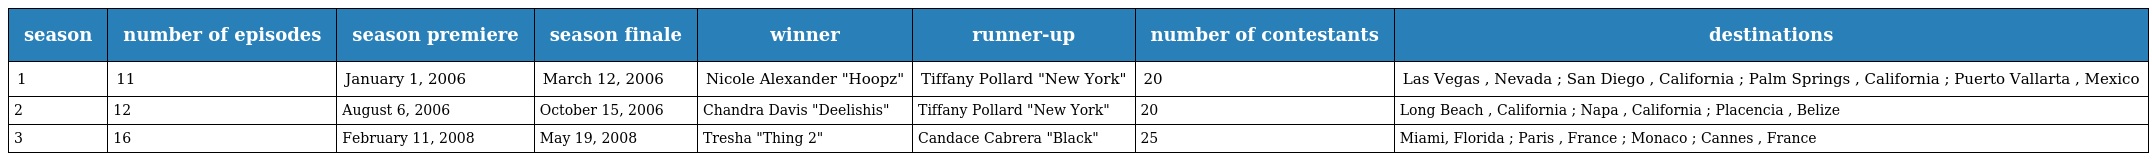
| season | number of episodes | season premiere | season finale | winner | runner-up | number of contestants | destinations |
 | --- | --- | --- | --- | --- | --- | --- | --- |
 | 1 | 11 | January 1, 2006 | March 12, 2006 | Nicole Alexander "Hoopz" | Tiffany Pollard "New York" | 20 | Las Vegas , Nevada ; San Diego , California ; Palm Springs , California ; Puerto Vallarta , Mexico |
 | 2 | 12 | August 6, 2006 | October 15, 2006 | Chandra Davis "Deelishis" | Tiffany Pollard "New York" | 20 | Long Beach , California ; Napa , California ; Placencia , Belize |
 | 3 | 16 | February 11, 2008 | May 19, 2008 | Tresha "Thing 2" | Candace Cabrera "Black" | 25 | Miami, Florida ; Paris , France ; Monaco ; Cannes , France |